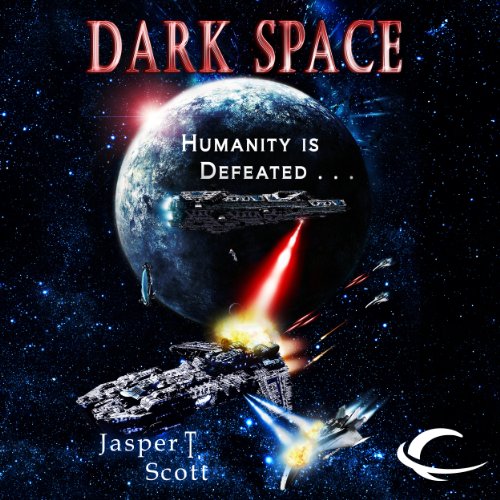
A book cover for Dark Space: Dark Space, Book 1; Jasper T. Scott; Science Fiction & Fantasy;